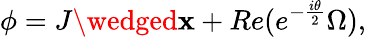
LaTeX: \phi=J\wedged\mathbf{x}+Re(e^{-{\frac{{i\theta}}{{2}}}}\Omega),